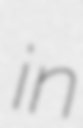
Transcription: in